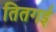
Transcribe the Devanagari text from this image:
तितगई